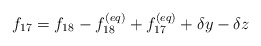
\begin{align*}{f_{17}} = {f_{18}} - f_{18}^{\left( {eq} \right)} + f_{17}^{\left( {eq} \right)} + \delta y - \delta z\end{align*}